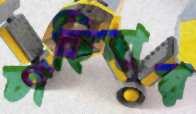
চাহিদায়